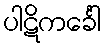
ပါဋိကင်္ခေါ